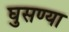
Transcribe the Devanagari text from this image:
घुसण्या